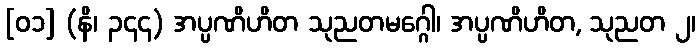
[၀၁] (နိ၊ ၃၄၄) အပ္ပဏိဟိတ သုညတမဂ္ဂေါ၊ အပ္ပဏိဟိတ, သုညတ ၂၊